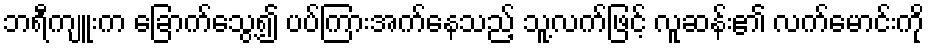
ဘရီကျူးက ခြောက်သွေ့၍ ပပ်ကြားအက်နေသည့် သူ့လက်ဖြင့် လူဆန်း၏ လက်မောင်းကို